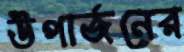
উপার্জনের